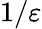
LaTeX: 1/\varepsilon